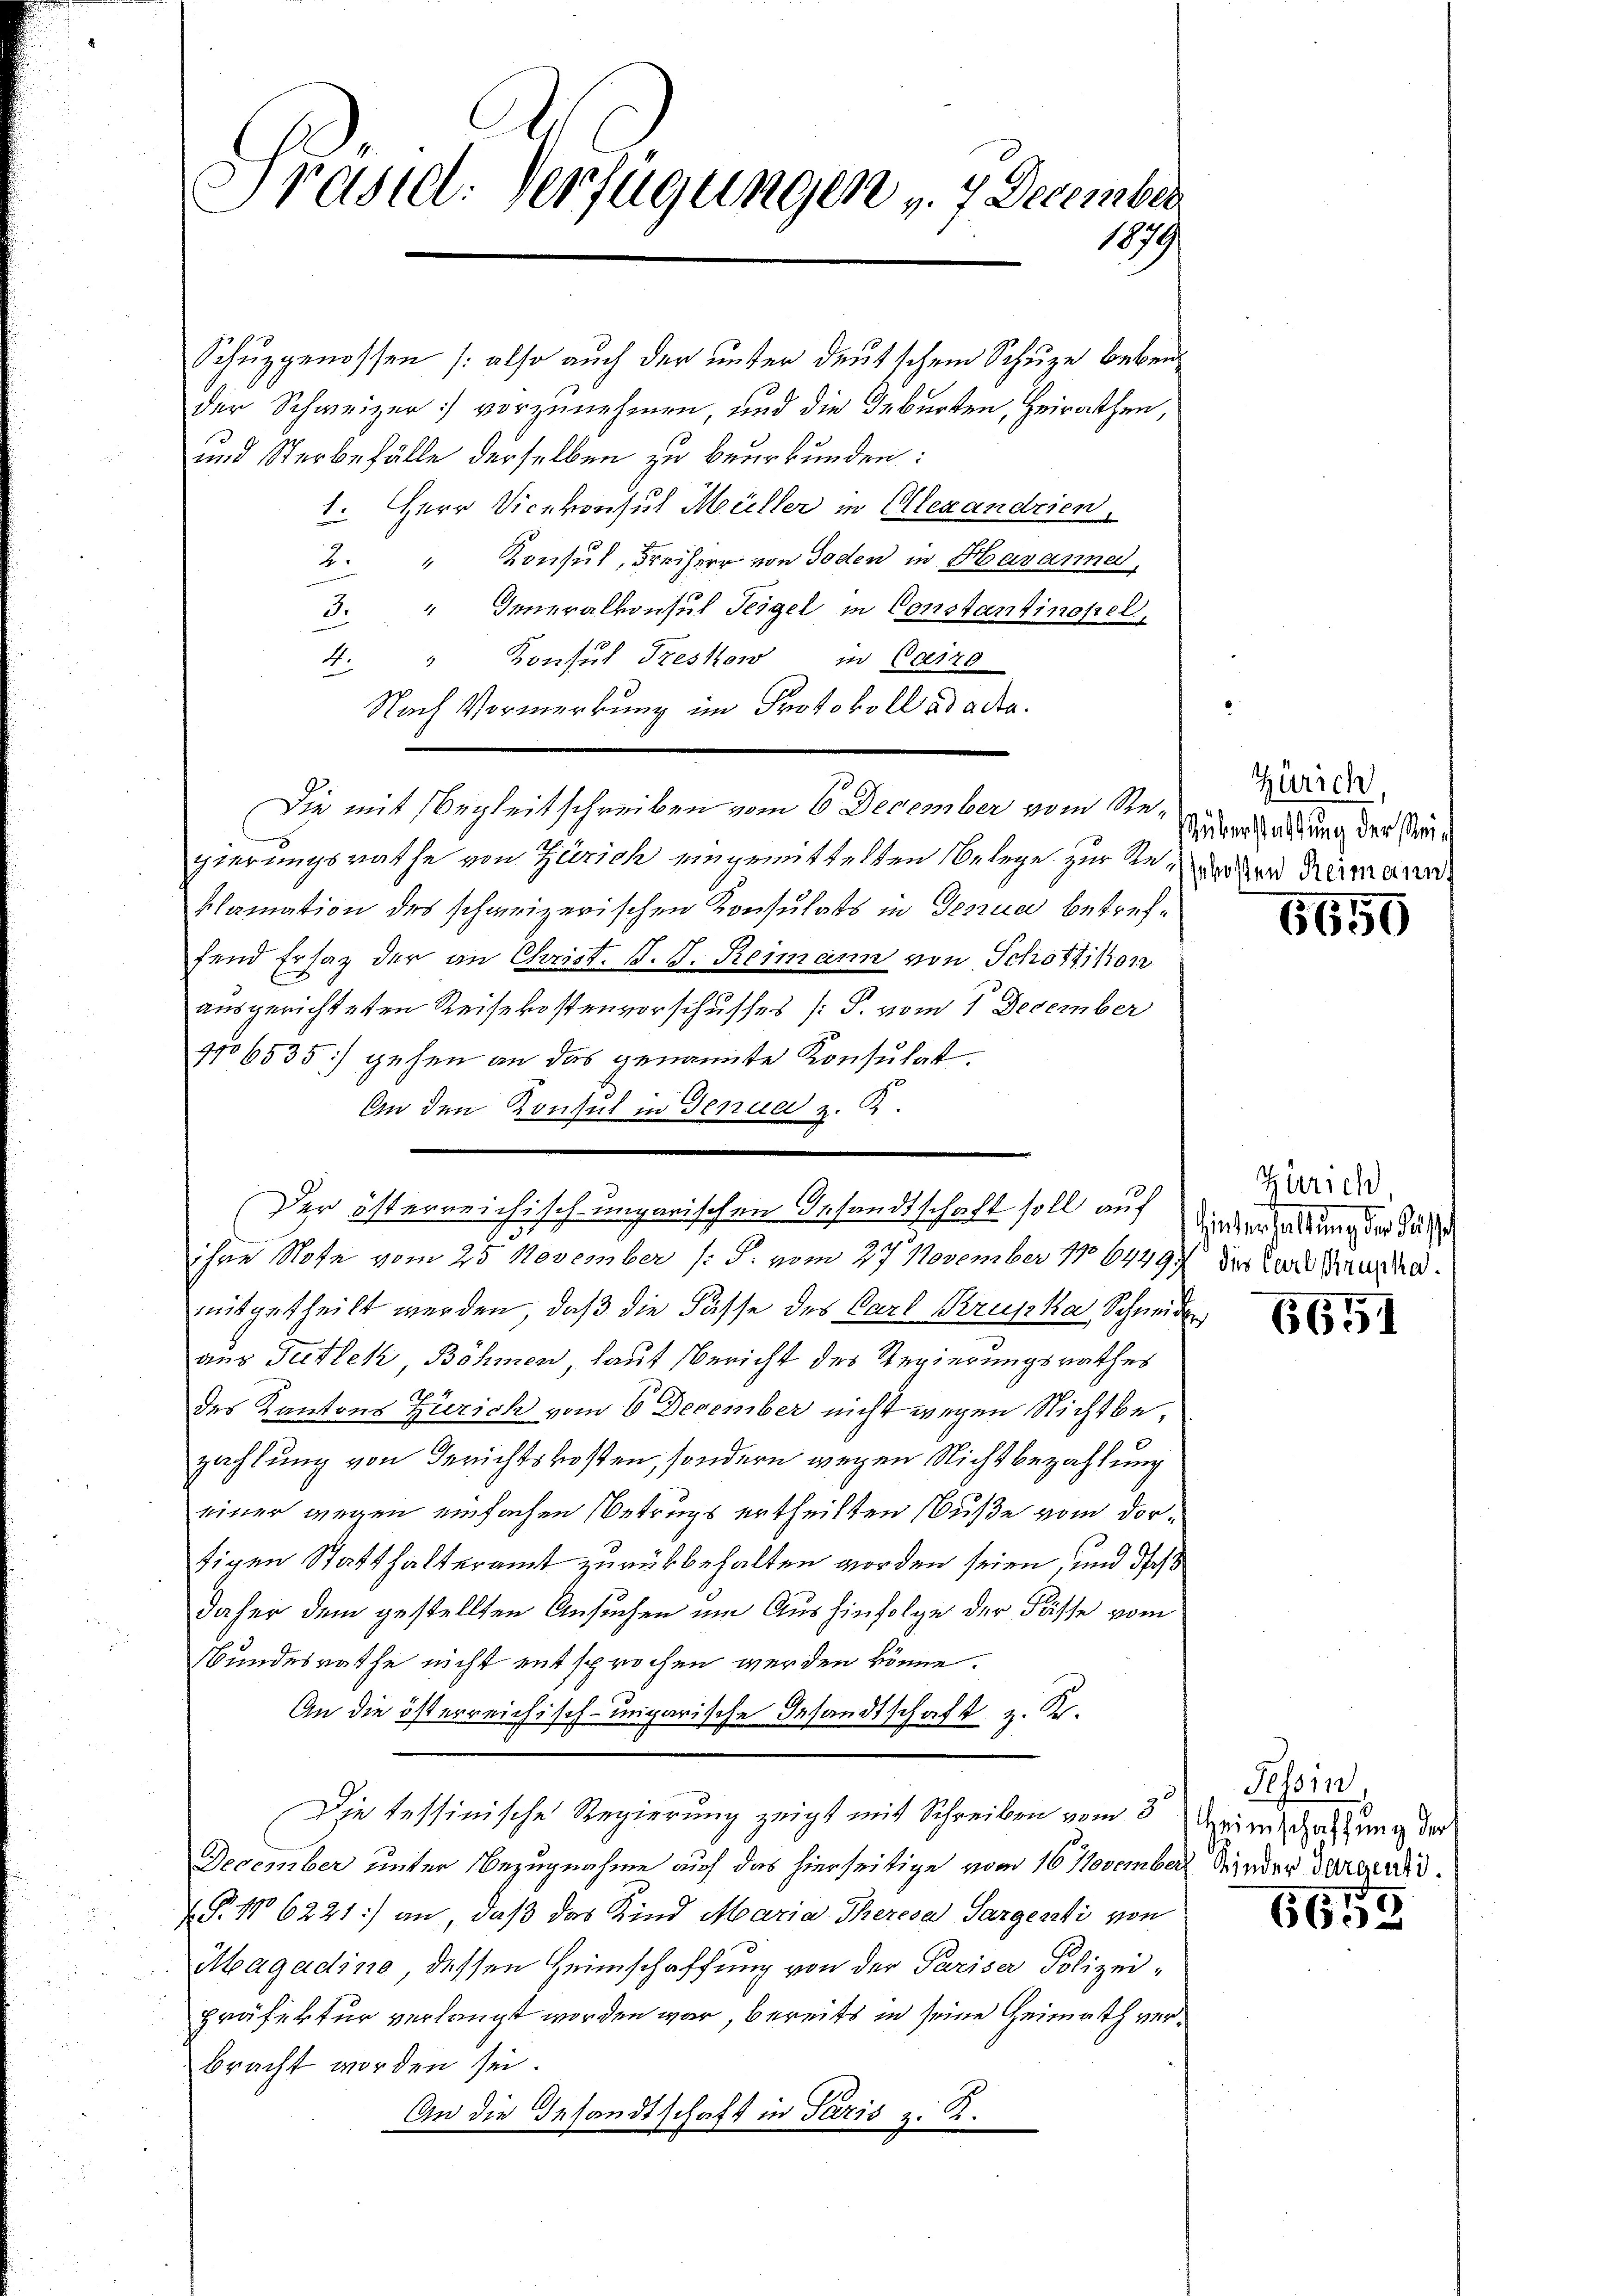
Präsiel. Verfügungen . . December
1879

Schuzgenossen (also auch der unter deutschem Schuze bebender Schweizer vorzunehmen, und die Geburten, Heirathen,
und Sterbefälle derselben zu beurkunden:
1. Herr Vicekonsul Müller in Alexandrien,
2. " Konsul, Freiherr von Toden in Havanne
3. " Inneralkonsul Teigel in Constantinopel.
4. " Konsul Freskow in Cairo
Nach Vormerkung im Protokoll ad acta.
Die mit Begleitschreiben vom 6 December vom Regierungsrathe von Zürich eingemittelten Belege zur da der Reimann
klamation des schweizerischen Konsulats in Genua betreffend Ersatz der an Christ. J. J. Reimann von Schottikon
ausgerichteten Reisekostenvorschusses [S. vom 1. December
106535) gehen an das genannte Konsulat.
An den Konsul in Genua z. B.
ihre Note vom 25. November (: S. vom 27. November 186449.
mitertheilt werden, daß die Fasse des Carl Krupka Schneider
aus Tutlek, Böhmen, laut Bericht des Regierungsrathes
des Kantons Zürich vom 6 December nicht wegen Nichtbezahlung von Gerichtskosten, sondern wegen Nichtbezahlung
einer wegen einfachen Betrugs ertheilten Nuße vom dorfigen Statthalteramt zurükbehalten worden seien, und dich
daher dem gestellten Ansuchen um Aushinfolge der Fässe vom
Bundesrathe nicht entsprochen werden könne.
An die österreichisch-ungarische Gesandtschaft z. R.
Die tessinische Regierung zeigt mit Schreiben vom 3. Menschaftung der
December unter Bezugnahme auf das hierseitige vom 16 November Kinder Darandid
S. No 6221) an, daß das Kind Maria Theresa Sargenti von
Magadine, dessen Heimschaffung von der Pariser Polizeipräfektur verlangt worden war, bereits in seine Heimath verbracht worden sei.
An die Gesandtschaft in Paris z. R.

Der österreichisch ungarischen Gesandtschaft soll auf Einverhaltung der dass

Zürich,
Müberstattung der Mein

6650

Zürich
dies Carl Brupka.

6651

Tessin,

6653